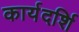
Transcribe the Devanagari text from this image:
कार्यदर्शि